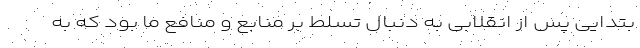
بتدایی پس از انقلابی به دنبال تسلط بر منابع و منافع ما بود که به